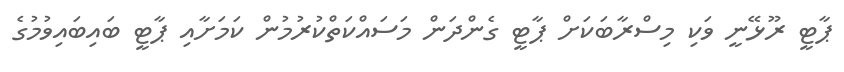
ޕާޓީ ރޫޅޭނީ ވަކި މިސްރާބަކަށް ޕާޓީ ގެންދަން މަސައްކަތްކުރުމުން ކަމަށާއި ޕާޓީ ބައިބައިވުމުގެ